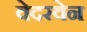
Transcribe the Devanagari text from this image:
वेदरवेन